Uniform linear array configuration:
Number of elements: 24
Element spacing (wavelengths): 0.5
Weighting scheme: kaiser
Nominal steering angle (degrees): -60
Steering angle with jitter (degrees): -61.138
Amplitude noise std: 0.05
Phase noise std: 0.05

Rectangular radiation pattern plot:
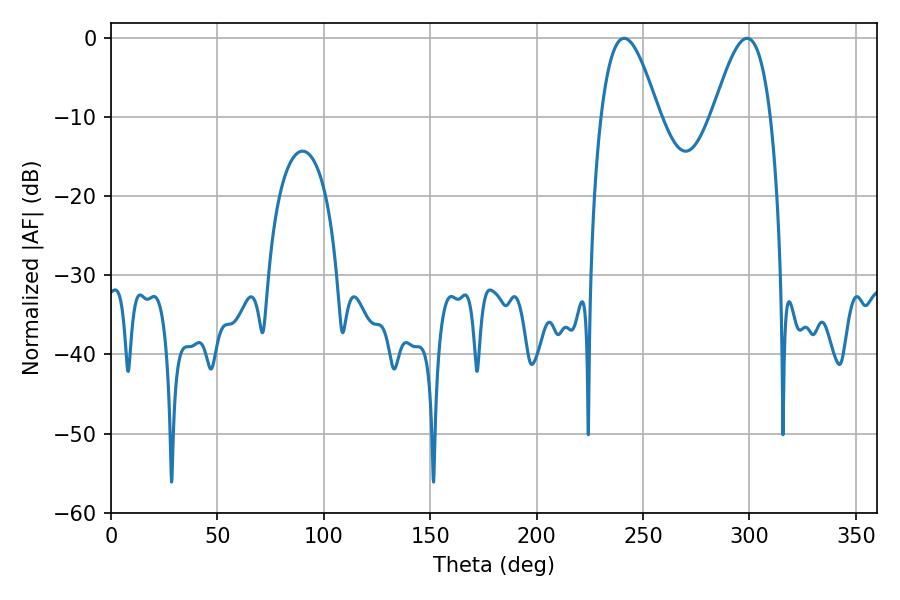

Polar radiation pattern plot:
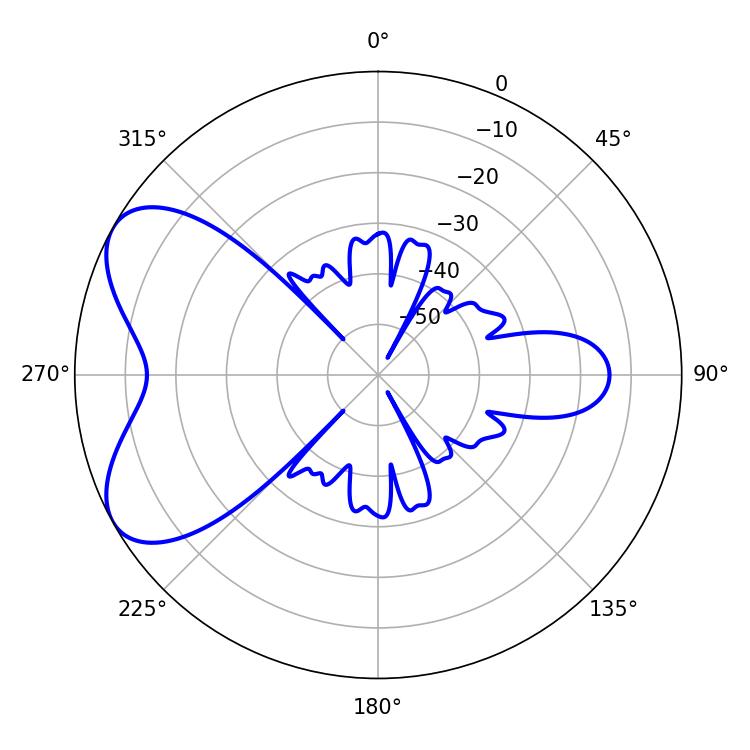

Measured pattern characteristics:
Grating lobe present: FALSE
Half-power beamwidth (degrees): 14.58
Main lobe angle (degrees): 241.02